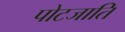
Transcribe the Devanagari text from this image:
पोटजाति